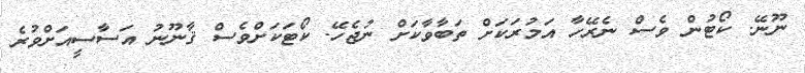
ނޫނޭ. ކޯޓުން ވެސް ނެރޭހާ އަމުރަކަށް ތަބާވާކަށް ނުޖެހޭ. ކޯޓަކަށްވެސް ޤާނޫނު އަސާސީއަށްވުރެ